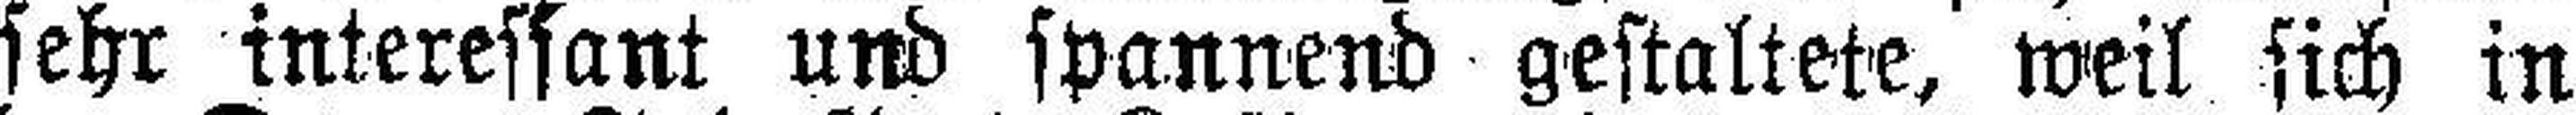
sehr interessant und spannend gestaltete, weil sich in